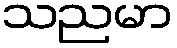
သညမာ